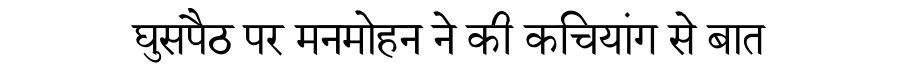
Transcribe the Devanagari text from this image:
घुसपैठ पर मनमोहन ने की कचियांग से बात